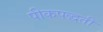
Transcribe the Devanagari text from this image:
पीकपद्धती